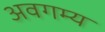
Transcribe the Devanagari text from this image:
अवगम्य